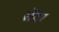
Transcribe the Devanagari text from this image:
सेंटऱ